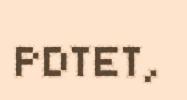
PDTET,